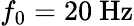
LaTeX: f_{0}=20\ \mathrm{Hz}